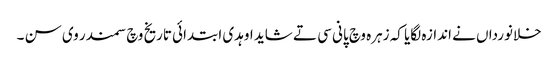
خلانورداں نے اندازہ لگایا کہ زہرہ وچ پانی سی تے شاید اوہدی ابتدائی تاریخ وچ سمندر وی سن ۔